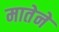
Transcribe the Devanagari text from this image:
मातेने